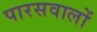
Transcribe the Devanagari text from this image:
पारसवालों